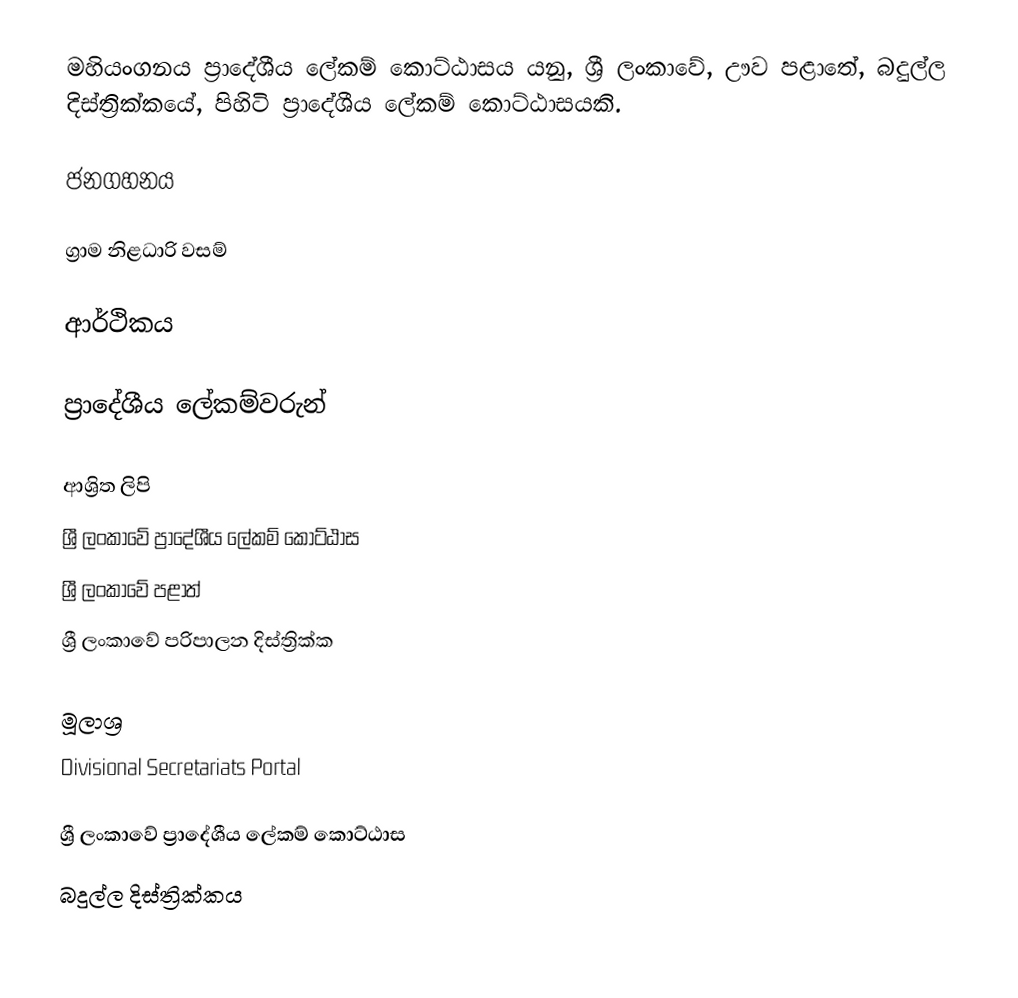
මහියංගනය ප්‍රාදේශීය ලේකම් කොට්ඨාසය යනු,  ශ්‍රී ලංකාවේ, ඌව පළාතේ,   බදුල්ල දිස්ත්‍රික්කයේ, පිහිටි ප්‍රාදේශීය ලේකම් කොට්ඨාසයකි.

ජනගහනය

ග්‍රාම නිළධාරි වසම්

ආර්ථිකය

ප්‍රාදේශීය ලේකම්වරුන්

ආශ්‍රිත ලිපි
ශ්‍රී ලංකාවේ ප්‍රාදේශීය ලේකම් කොට්ඨාස
ශ්‍රී ලංකාවේ පළාත්
ශ්‍රී ලංකාවේ පරිපාලන දිස්ත්‍රික්ක

මූලාශ්‍ර
 Divisional Secretariats Portal

ශ්‍රී ලංකාවේ ප්‍රාදේශීය ලේකම් කොට්ඨාස
බදුල්ල දිස්ත්‍රික්කය